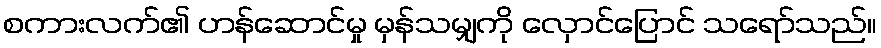
စကားလက်၏ ဟန်ဆောင်မှု မှန်သမျှကို လှောင်ပြောင် သရော်သည်။